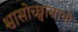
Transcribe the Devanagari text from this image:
श्वासोच्छ्वासाची